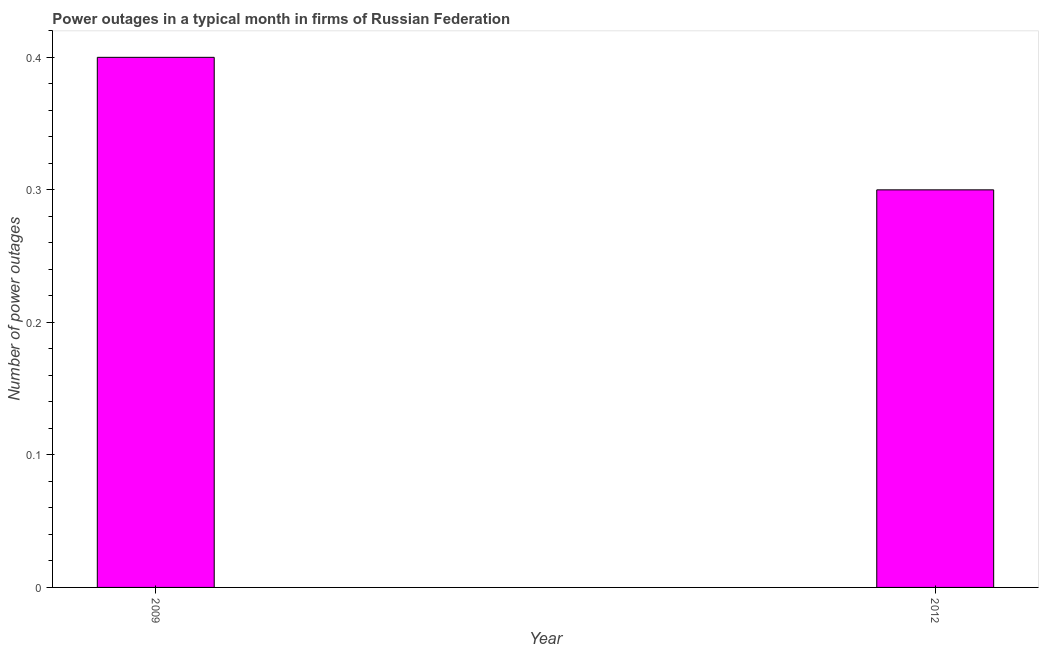
| Year | Power outages |
 | --- | --- |
 | 2009 | 0.4 |
 | 2012 | 0.3 |